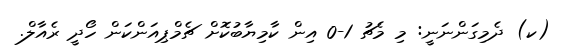
(ކ) ދެމިގަންނަނީ: މި މެޗު 1-0 އިން ކާމިޔާބުކޮށް ޗެމްޕިއަންކަން ހޯދީ ރެއާލް.